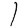
Digit: 1